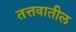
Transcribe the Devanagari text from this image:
तत्तवातील